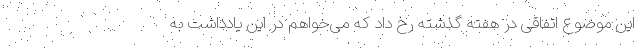
این موضوع اتفاقی در هفته گذشته رخ داد که می‌خواهم در این یادداشت به